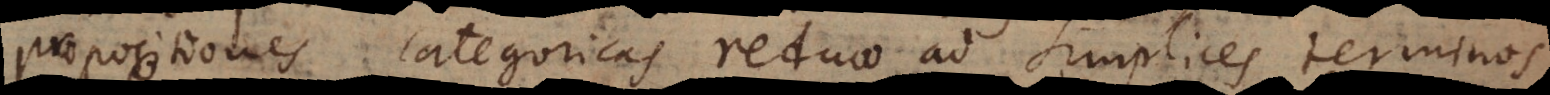
propositiones categoricas reduco ad simplices terminos